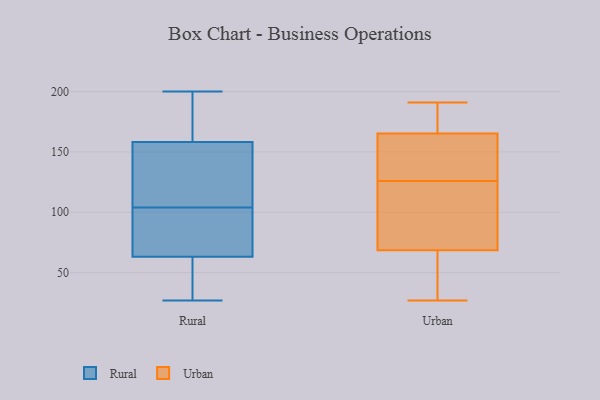
{"axis": {"x": "Net Income (USD K)", "y": "Value"}, "legend": ["Rural", "Urban"], "data": [{"x": "", "y": 104, "type": "Rural"}, {"x": "", "y": 162, "type": "Rural"}, {"x": "", "y": 200, "type": "Rural"}, {"x": "", "y": 159, "type": "Rural"}, {"x": "", "y": 158, "type": "Rural"}, {"x": "", "y": 27, "type": "Rural"}, {"x": "", "y": 132, "type": "Rural"}, {"x": "", "y": 131, "type": "Rural"}, {"x": "", "y": 108, "type": "Rural"}, {"x": "", "y": 95, "type": "Rural"}, {"x": "", "y": 85, "type": "Rural"}, {"x": "", "y": 72, "type": "Rural"}, {"x": "", "y": 35, "type": "Rural"}, {"x": "", "y": 29, "type": "Rural"}, {"x": "", "y": 37, "type": "Rural"}, {"x": "", "y": 167, "type": "Rural"}, {"x": "", "y": 94, "type": "Rural"}, {"x": "", "y": 37, "type": "Urban"}, {"x": "", "y": 170, "type": "Urban"}, {"x": "", "y": 189, "type": "Urban"}, {"x": "", "y": 144, "type": "Urban"}, {"x": "", "y": 27, "type": "Urban"}, {"x": "", "y": 63, "type": "Urban"}, {"x": "", "y": 191, "type": "Urban"}, {"x": "", "y": 85, "type": "Urban"}, {"x": "", "y": 123, "type": "Urban"}, {"x": "", "y": 151, "type": "Urban"}, {"x": "", "y": 126, "type": "Urban"}]}